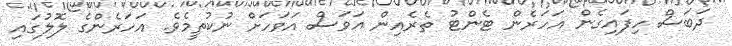
ދަބަސް ހިފައިގެން އަހަރެން ޓެންޓު ތެރެއިން އަވަސް އަވަހަށް ނުކުތީމެވެ. އަހަރެންގެ ލޮލުގައި